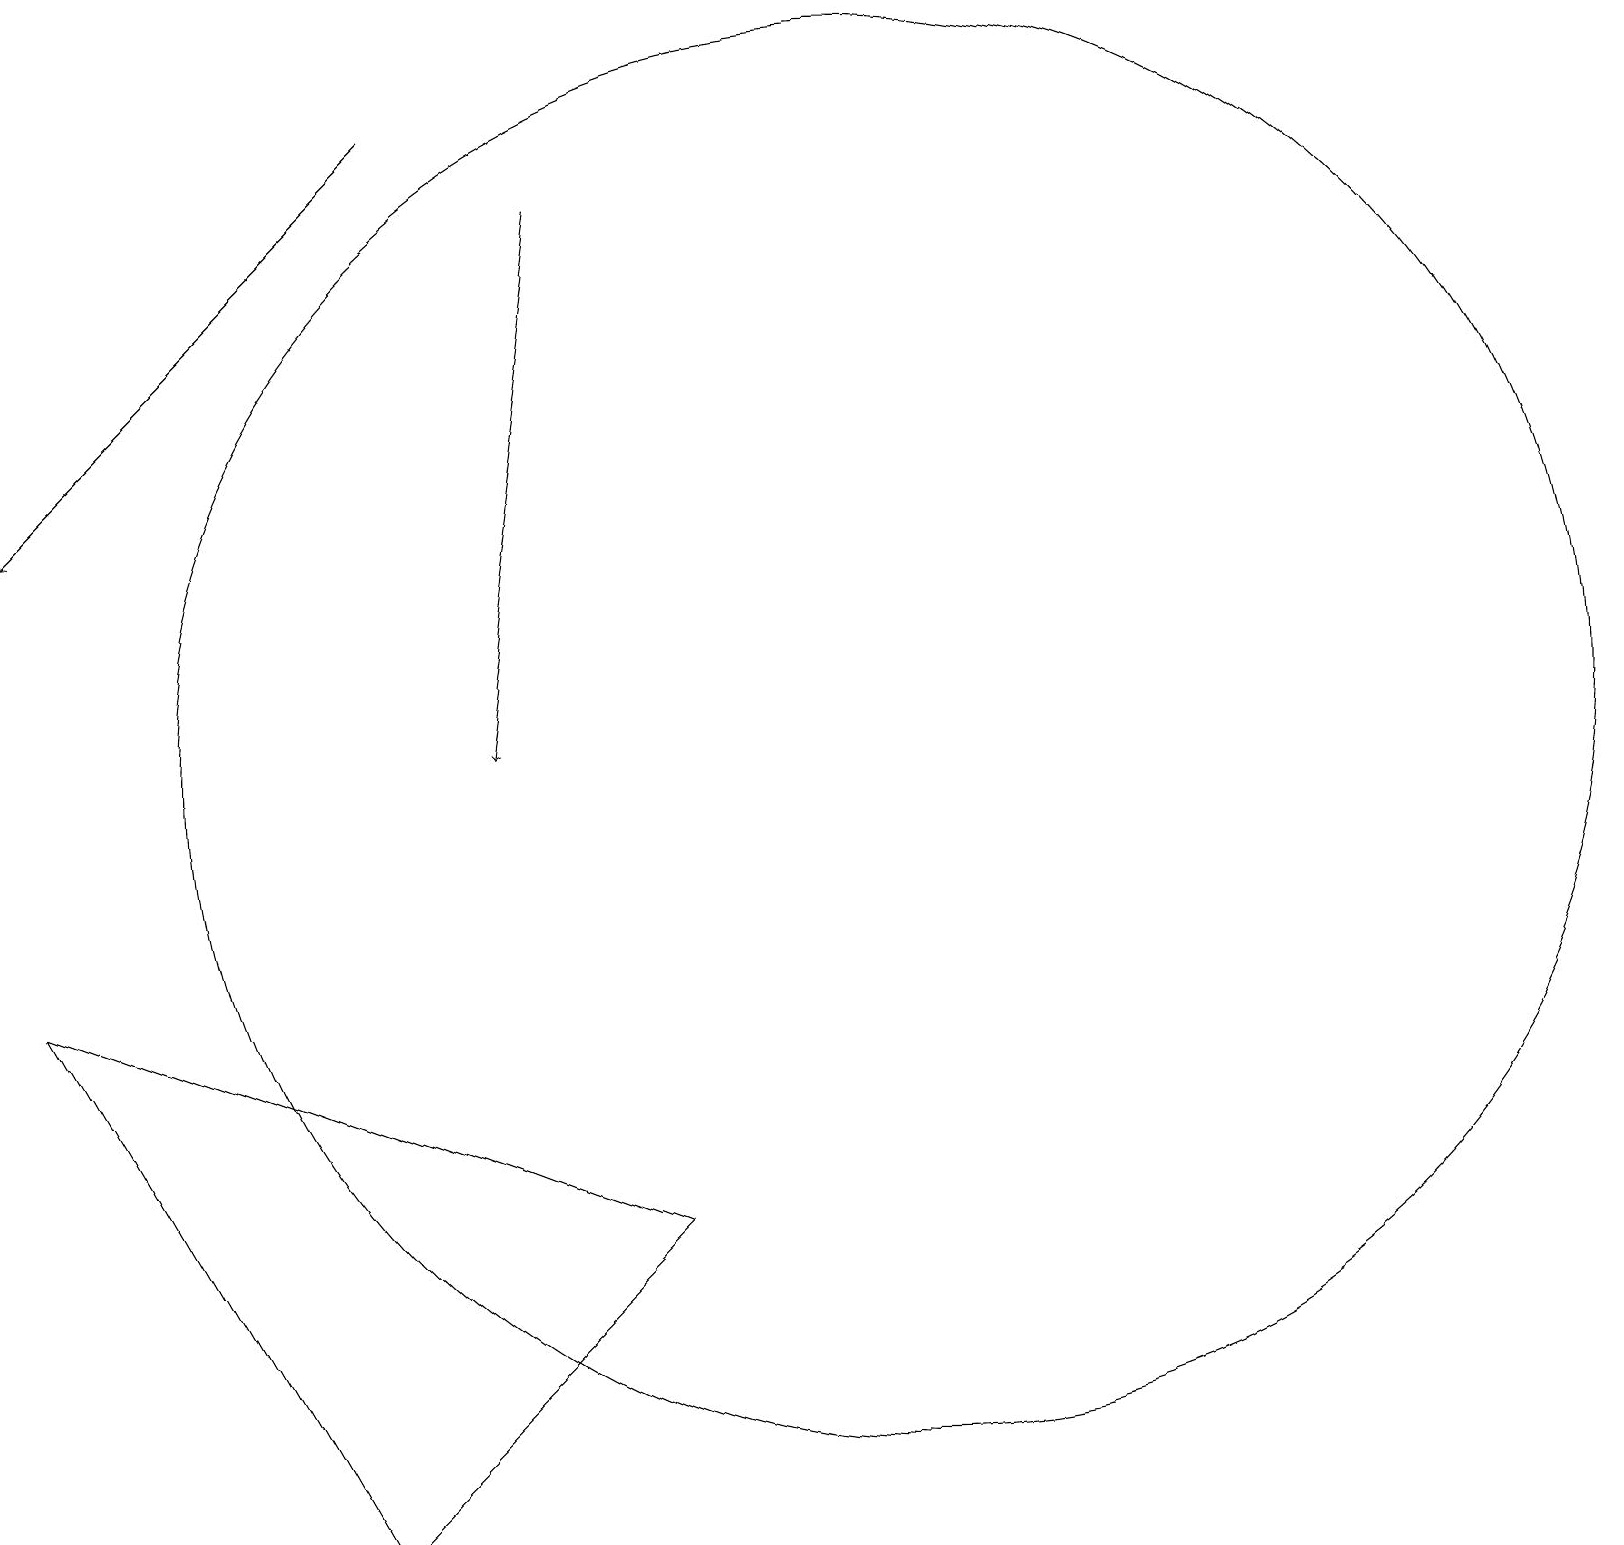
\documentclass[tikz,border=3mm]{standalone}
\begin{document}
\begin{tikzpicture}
\draw (11,10) circle (9);
\draw[->] (5,18) -- (0,13);
\draw (8,4) -- (4,0) -- (0,7) -- cycle;
\draw[->] (7,17) -- (6,10);
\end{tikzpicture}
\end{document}